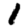
Digit: 1